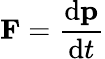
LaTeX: \mathbf{F}={\frac{\mathrm{d}\mathbf{p}}{\mathrm{d}t}}